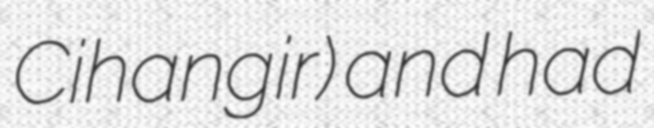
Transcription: Cihangir) and had